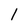
Character: l